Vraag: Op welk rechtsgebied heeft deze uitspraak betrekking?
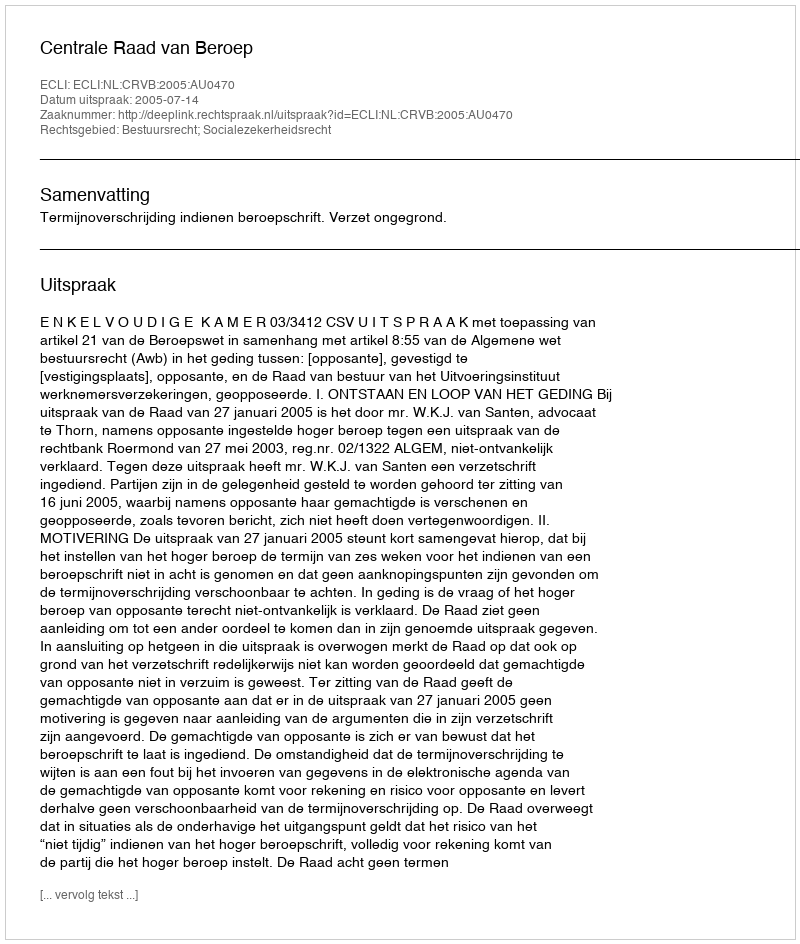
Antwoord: Bestuursrecht; Socialezekerheidsrecht